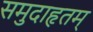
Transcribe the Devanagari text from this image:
समुदाहृतम्